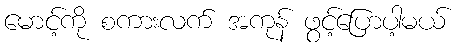
မောင့်ကို စကားလက် အကုန် ဖွင့်ပြောပါ့မယ်